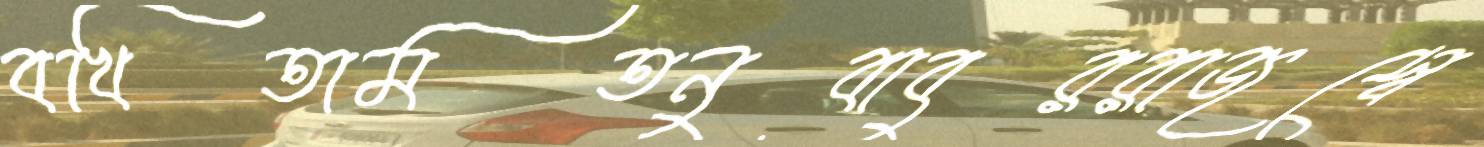
বখিতামতনুবাবুররাজস্বে